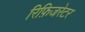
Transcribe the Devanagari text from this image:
रिफ़िजरेटर